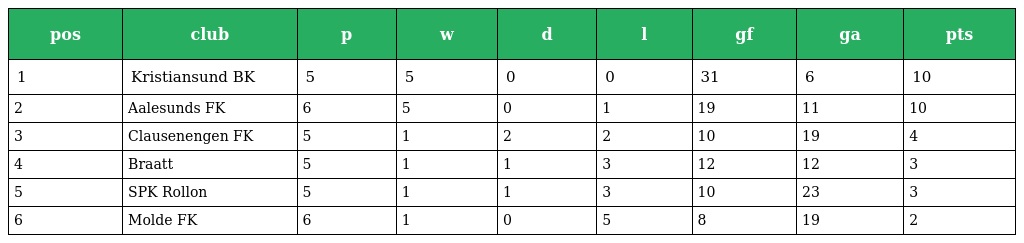
| pos | club | p | w | d | l | gf | ga | pts |
 | --- | --- | --- | --- | --- | --- | --- | --- | --- |
 | 1 | Kristiansund BK | 5 | 5 | 0 | 0 | 31 | 6 | 10 |
 | 2 | Aalesunds FK | 6 | 5 | 0 | 1 | 19 | 11 | 10 |
 | 3 | Clausenengen FK | 5 | 1 | 2 | 2 | 10 | 19 | 4 |
 | 4 | Braatt | 5 | 1 | 1 | 3 | 12 | 12 | 3 |
 | 5 | SPK Rollon | 5 | 1 | 1 | 3 | 10 | 23 | 3 |
 | 6 | Molde FK | 6 | 1 | 0 | 5 | 8 | 19 | 2 |